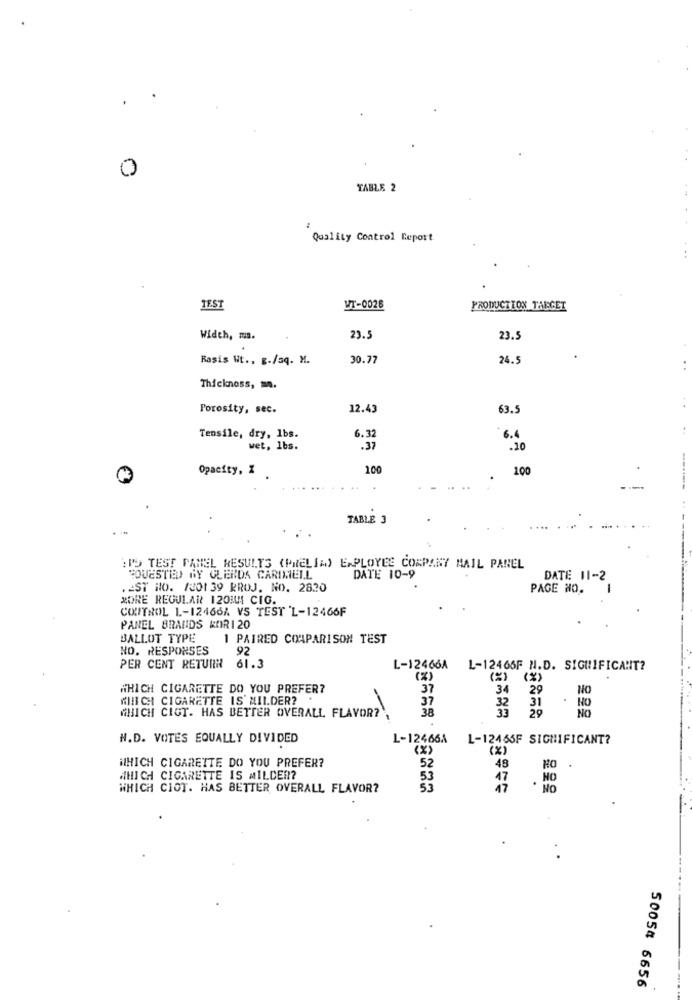
.
0
TABLE 2
Quality Control Report
JEST
VT-0026
PRODUCTION TARGET
Width, m.
23.5
23.5
Basis Ht ., g./sq. M.
30.77
24.5
Thickness, m ..
Porosity, sec.
12.43
63.5
Tensile, dry, 1bs.
6.32
6.4
wet, 1bs.
.37
. 10
Opacity, Z
100
100
TABLE 3
: P'S TEST PANEL RESULTS (PRELIM) EMPLOYEE COMPANY MAIL PANEL
HOUESTEED GY GLENDA CARDNELL
DATE 10-9
DATE 11-2
.EST NO. 1201 39 RROJ. NO. 2820
PAGE NO.
-
MORE REGULAR 120MM CIG.
CONTROL 1-12466A VS TEST 'L-12466F
PANEL BRANDS KOR1 20
BALLOT TYPE
1 PAIRED COMPARISON TEST
NO. RESPONSES
92
PER CENT RETURN 61.3
L-12466A L-12466F N.D. SIGNIFICANT?
(%)
(% ) ( % )
WHICH CIGARETTE DO YOU PREFER?
37
34 29
No
WHICH CIGARETTE IS MILDER? .
37
31
. NO
38
33
32
29
WHICH CIGT. HAS BETTER OVERALL. FLAVOR?
No
N.D. VOTES EQUALLY DIVIDED
L-12466A
1-12465F SIGNIFICANT?
(x)
WHICH CIGARETTE DO YOU PREFER?
52
48
WHICH CIGARETTE IS MILDER?
53
NO
WHICH CIOT. HAS BETTER OVERALL FLAVOR?
53
.
50054 6656